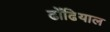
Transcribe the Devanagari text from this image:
ढोंढियाल